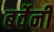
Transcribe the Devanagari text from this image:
बर्वेनी